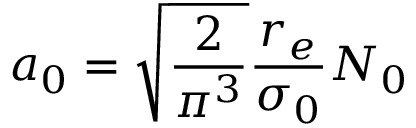
a _ { 0 } = \sqrt { \frac { 2 } { \pi ^ { 3 } } } \frac { r _ { e } } { \sigma _ { 0 } } N _ { 0 }